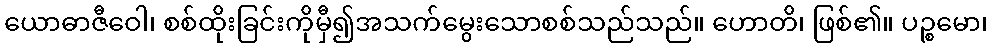
ယောဓာဇီဝေါ၊ စစ်ထိုးခြင်းကိုမှီ၍အသက်မွေးသောစစ်သည်သည်။ ဟောတိ၊ ဖြစ်၏။ ပဉ္စမော၊